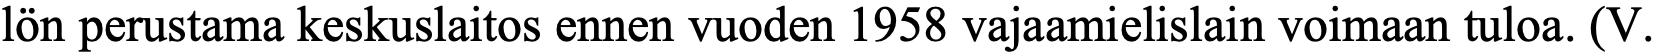
lön perustama keskuslaitos ennen vuoden 1958 vajaamielislain voimaan tuloa. (V.